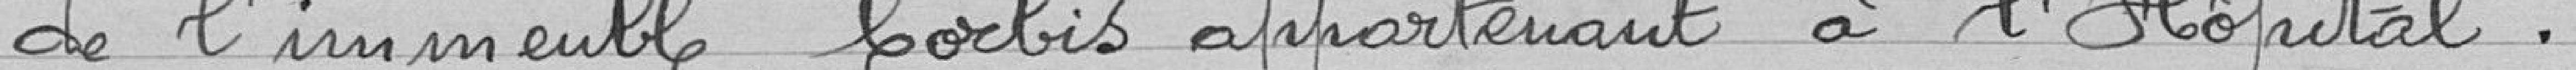
de l'immeuble Corbis appartenant  à l'Hôpital.